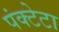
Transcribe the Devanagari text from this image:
पंक्टेटा